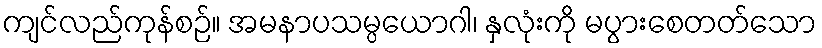
ကျင်လည်ကုန်စဉ်။ အမနာပသမ္ပယောဂါ၊ နှလုံးကို မပွားစေတတ်သော